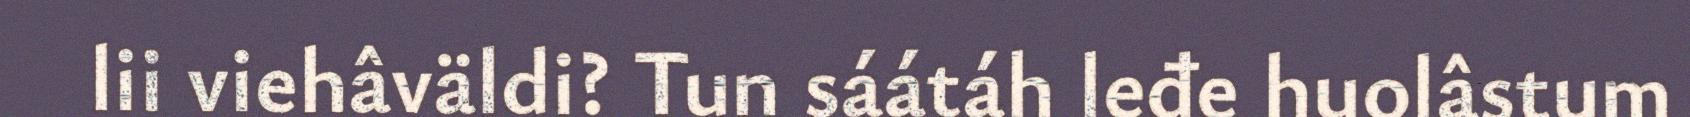
lii viehâväldi? Tun sáátáh leđe huolâstum